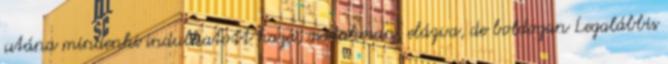
utána mindenki indulhatott haza, csatakosan, elázva, de boldogan Legalábbis